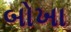
બોખા